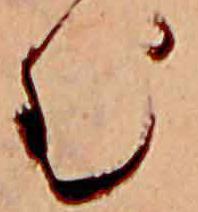
む